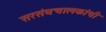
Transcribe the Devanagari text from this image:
सरसंघचालकांची